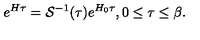
e ^ { H \tau } = { \cal S } ^ { - 1 } ( { \tau } ) e ^ { H _ { 0 } \tau } , 0 \leq \tau \leq \beta .